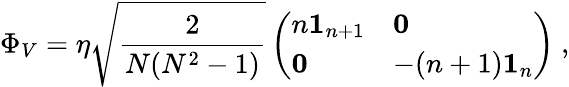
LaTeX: \Phi_{V}=\eta\sqrt{\frac{2}{N(N^{2}-1)}}\left(\begin{array}{ll}{{n{\mathbf 1}_{n+1}}}&{{{\mathbf 0}}}\\ {{{\mathbf 0}}}&{{-(n+1){\mathbf 1}_{n}}}\end{array}\right)\ ,